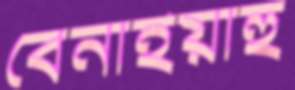
বেনাইয়াহু